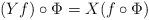
LaTeX: \begin{align*}(Yf)\circ\Phi=X(f\circ\Phi)\end{align*}